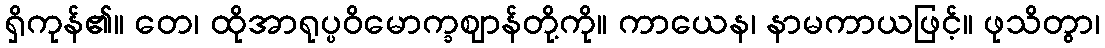
ရှိကုန်၏။ တေ၊ ထိုအာရုပ္ပဝိမောက္ခဈာန်တို့ကို။ ကာယေန၊ နာမကာယဖြင့်။ ဖုသိတွာ၊